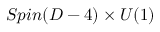
S p i n ( D - 4 ) \times U ( 1 )